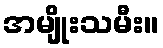
အမျိုးသမီး။